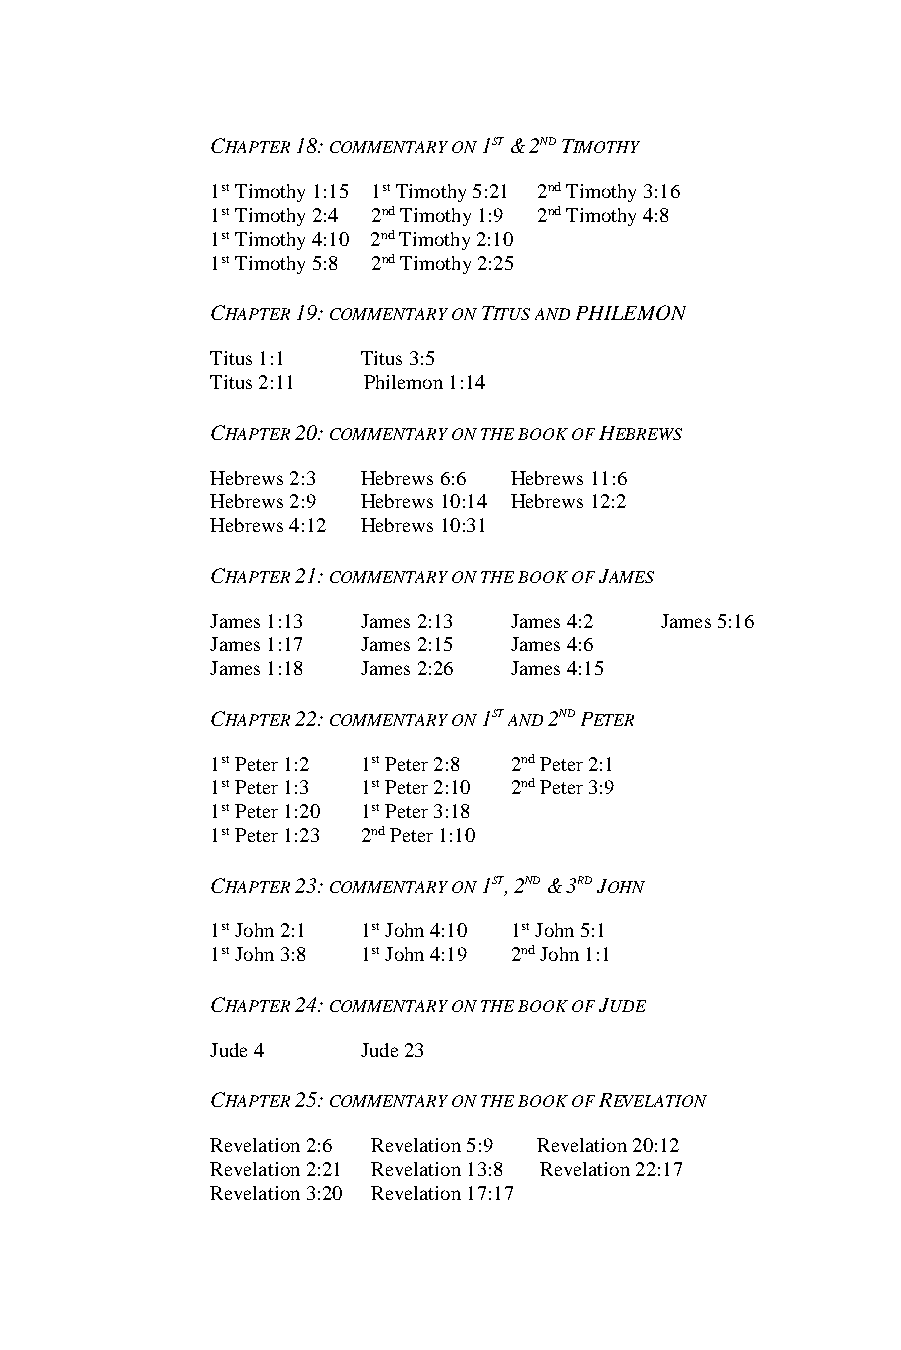
CHAPTER 18: COMMENTARY ON 1ST & 2ND TIMOTHY
 1st Timothy 1:15 1st Timothy 5:21 2nd Timothy 3:16
 1st Timothy 2:4 2nd Timothy 1:9 2nd Timothy 4:8
 1st Timothy 4:10 2nd Timothy 2:10
 1st Timothy 5:8 2nd Timothy 2:25
 CHAPTER 19: COMMENTARY ON TITUS AND PHILEMON
 Titus 1:1 Titus 3:5
 Titus 2:11 Philemon 1:14
 CHAPTER 20: COMMENTARY ON THE BOOK OF HEBREWS
 Hebrews 2:3 Hebrews 6:6 Hebrews 11:6
 Hebrews 2:9 Hebrews 10:14 Hebrews 12:2
 Hebrews 4:12 Hebrews 10:31
 CHAPTER 21: COMMENTARY ON THE BOOK OF JAMES
 James 1:13 James 2:13 James 4:2 James 5:16
 James 1:17 James 2:15 James 4:6
 James 1:18 James 2:26 James 4:15
 CHAPTER 22: COMMENTARY ON 1ST AND 2ND PETER
 1st Peter 1:2 1st Peter 2:8 2nd Peter 2:1
 1st Peter 1:3 1st Peter 2:10 2nd Peter 3:9
 1st Peter 1:20 1st Peter 3:18
 1st Peter 1:23 2nd Peter 1:10
 CHAPTER 23: COMMENTARY ON 1ST, 2ND & 3RD JOHN
 1st John 2:1 1st John 4:10 1st John 5:1
 1st John 3:8 1st John 4:19 2nd John 1:1
 CHAPTER 24: COMMENTARY ON THE BOOK OF JUDE
 Jude 4    Jude 23
 CHAPTER 25: COMMENTARY ON THE BOOK OF REVELATION
 Revelation 2:6 Revelation 5:9 Revelation 20:12
 Revelation 2:21 Revelation 13:8 Revelation 22:17
 Revelation 3:20 Revelation 17:17